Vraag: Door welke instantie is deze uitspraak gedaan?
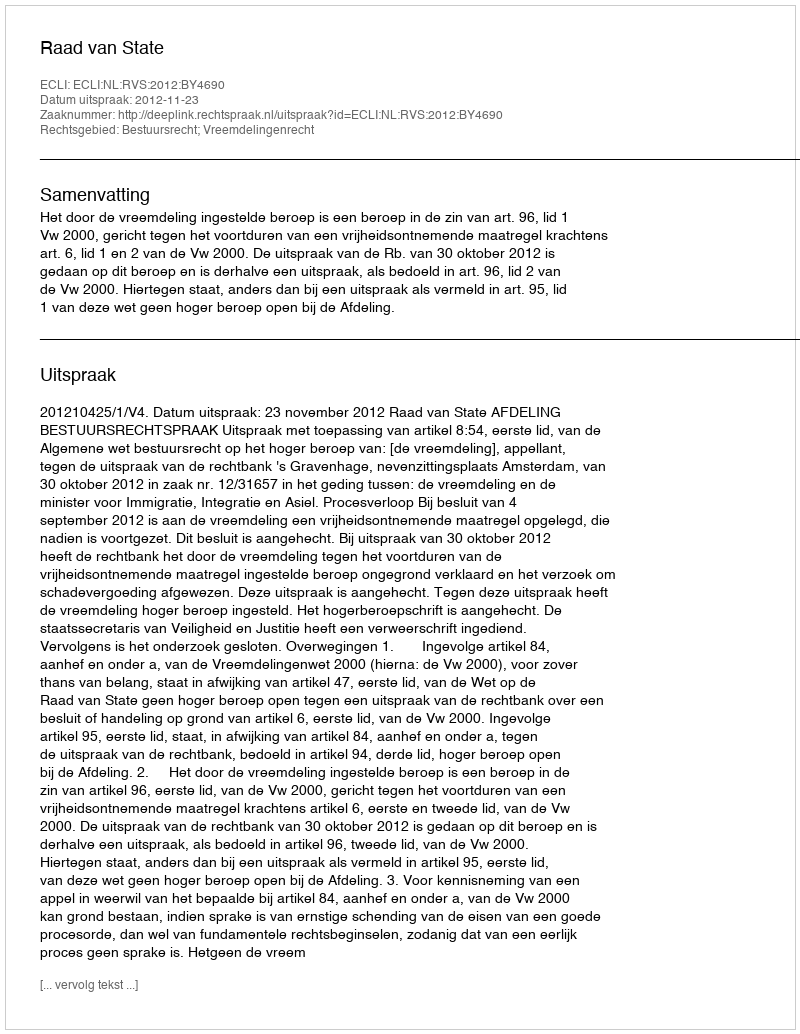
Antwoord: Raad van State